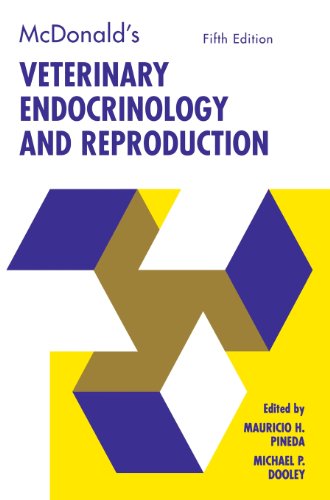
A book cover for McDonald's Veterinary Endocrinology & Reproduction; Medical Books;